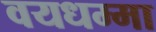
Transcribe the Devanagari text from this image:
वयधम्मा